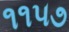
૧૧૫૭